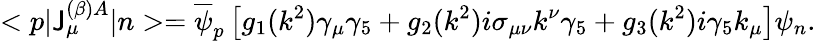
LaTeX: <p|\mathsf{J}_{\mu}^{(\beta)A}|n>=\overline{{{\psi}}}_{p}\left[g_{1}(k^{2})\gamma_{\mu}\gamma_{5}+g_{2}(k^{2})i\sigma_{\mu\nu}k^{\nu}\gamma_{5}+g_{3}(k^{2})i\gamma_{5}k_{\mu}\right]\psi_{n}.